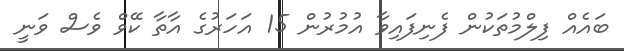
ބައެއް ފިލްމުތަކުން ފެނިފައިވާ އުމުރުން 15 އަހަރުގެ އާތާ ކޭވް ވެސް ވަނީ